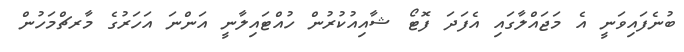
ބުނެފައިވަނީ އެ މަޖައްލާގައި އެފަދަ ފޮޓޯ ޝާއިއުކުރުން ހުއްޓައިލާނީ އަންނަ އަހަރުގެ މާރޗްމަހުން